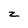
Character: z